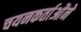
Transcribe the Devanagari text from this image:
चयनकर्ताओंने